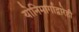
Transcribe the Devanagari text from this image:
योनिमार्गाद्वारेही